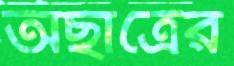
অছাত্রের